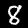
Label: 8